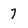
Character: 7